65_HS1-834228961_62-HQ-83894_Section_4
Agency: FBI
Page 13
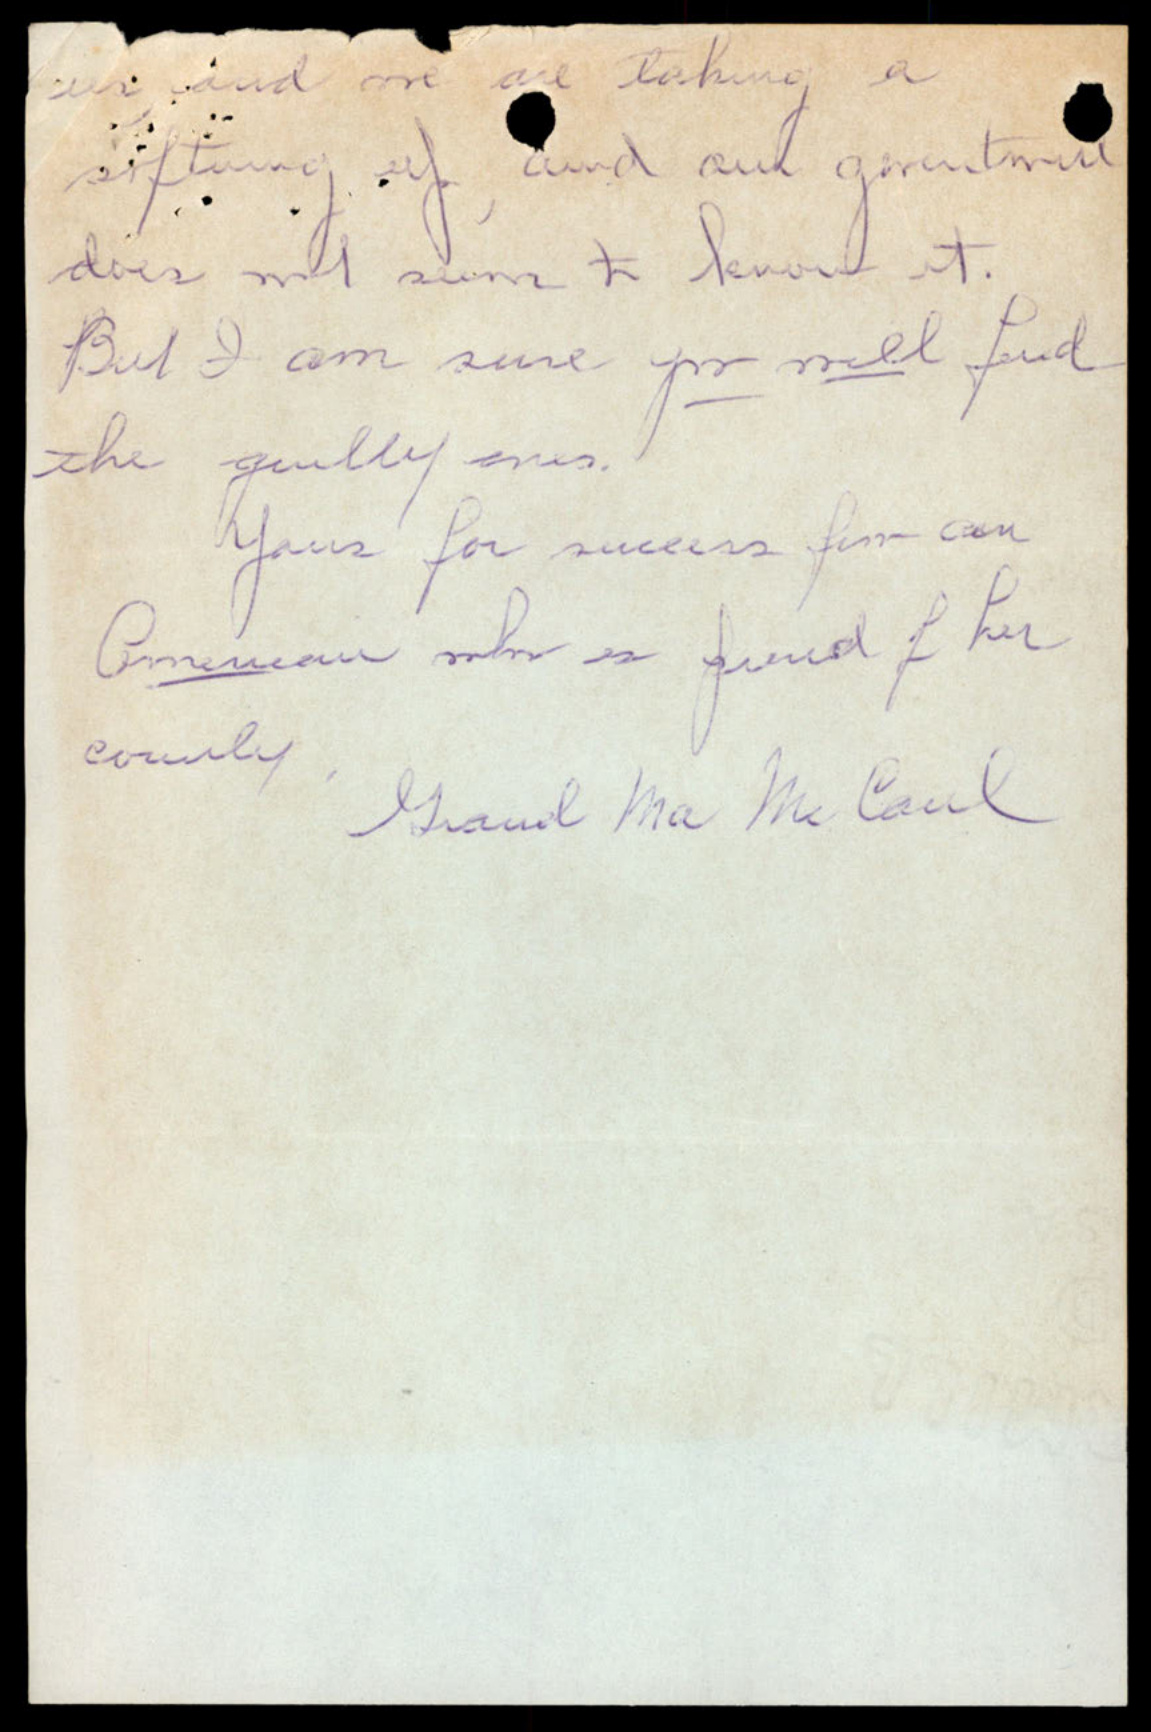